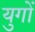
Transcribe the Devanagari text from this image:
युगाें